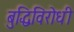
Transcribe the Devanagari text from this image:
बुद्धिविरोधी